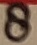
Text: 8